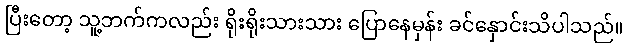
ပြီးတော့ သူ့ဘက်ကလည်း ရိုးရိုးသားသား ပြောနေမှန်း ခင်နှောင်းသိပါသည်။